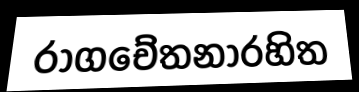
රාගචේතනාරහිත